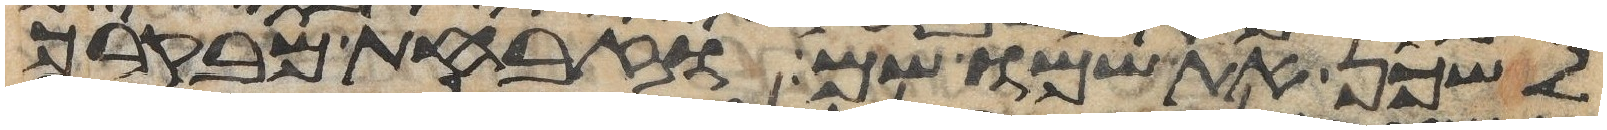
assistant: לשכן את שמו שם וזבחת מבקרך